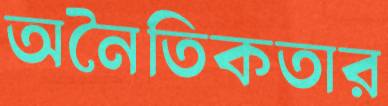
অনৈতিকতার